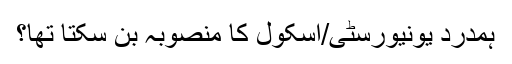
ہمدرد یونیورسٹی/اسکول کا منصوبہ بن سکتا تھا؟